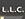
l.l.c